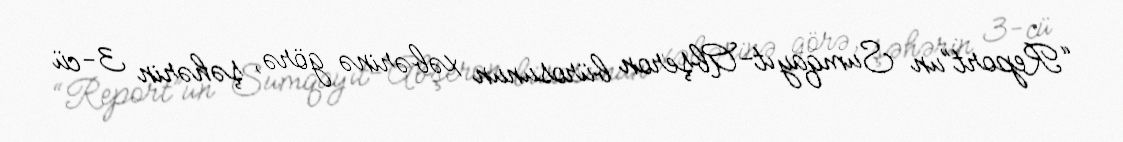
“Report”un Sumqayıt-Abşeron bürosunun xəbərinə görə, şəhərin 3-cü